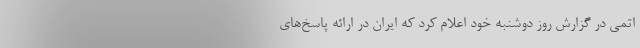
اتمی در گزارش روز دوشنبه خود اعلام کرد که ایران در ارائه پاسخ‌های